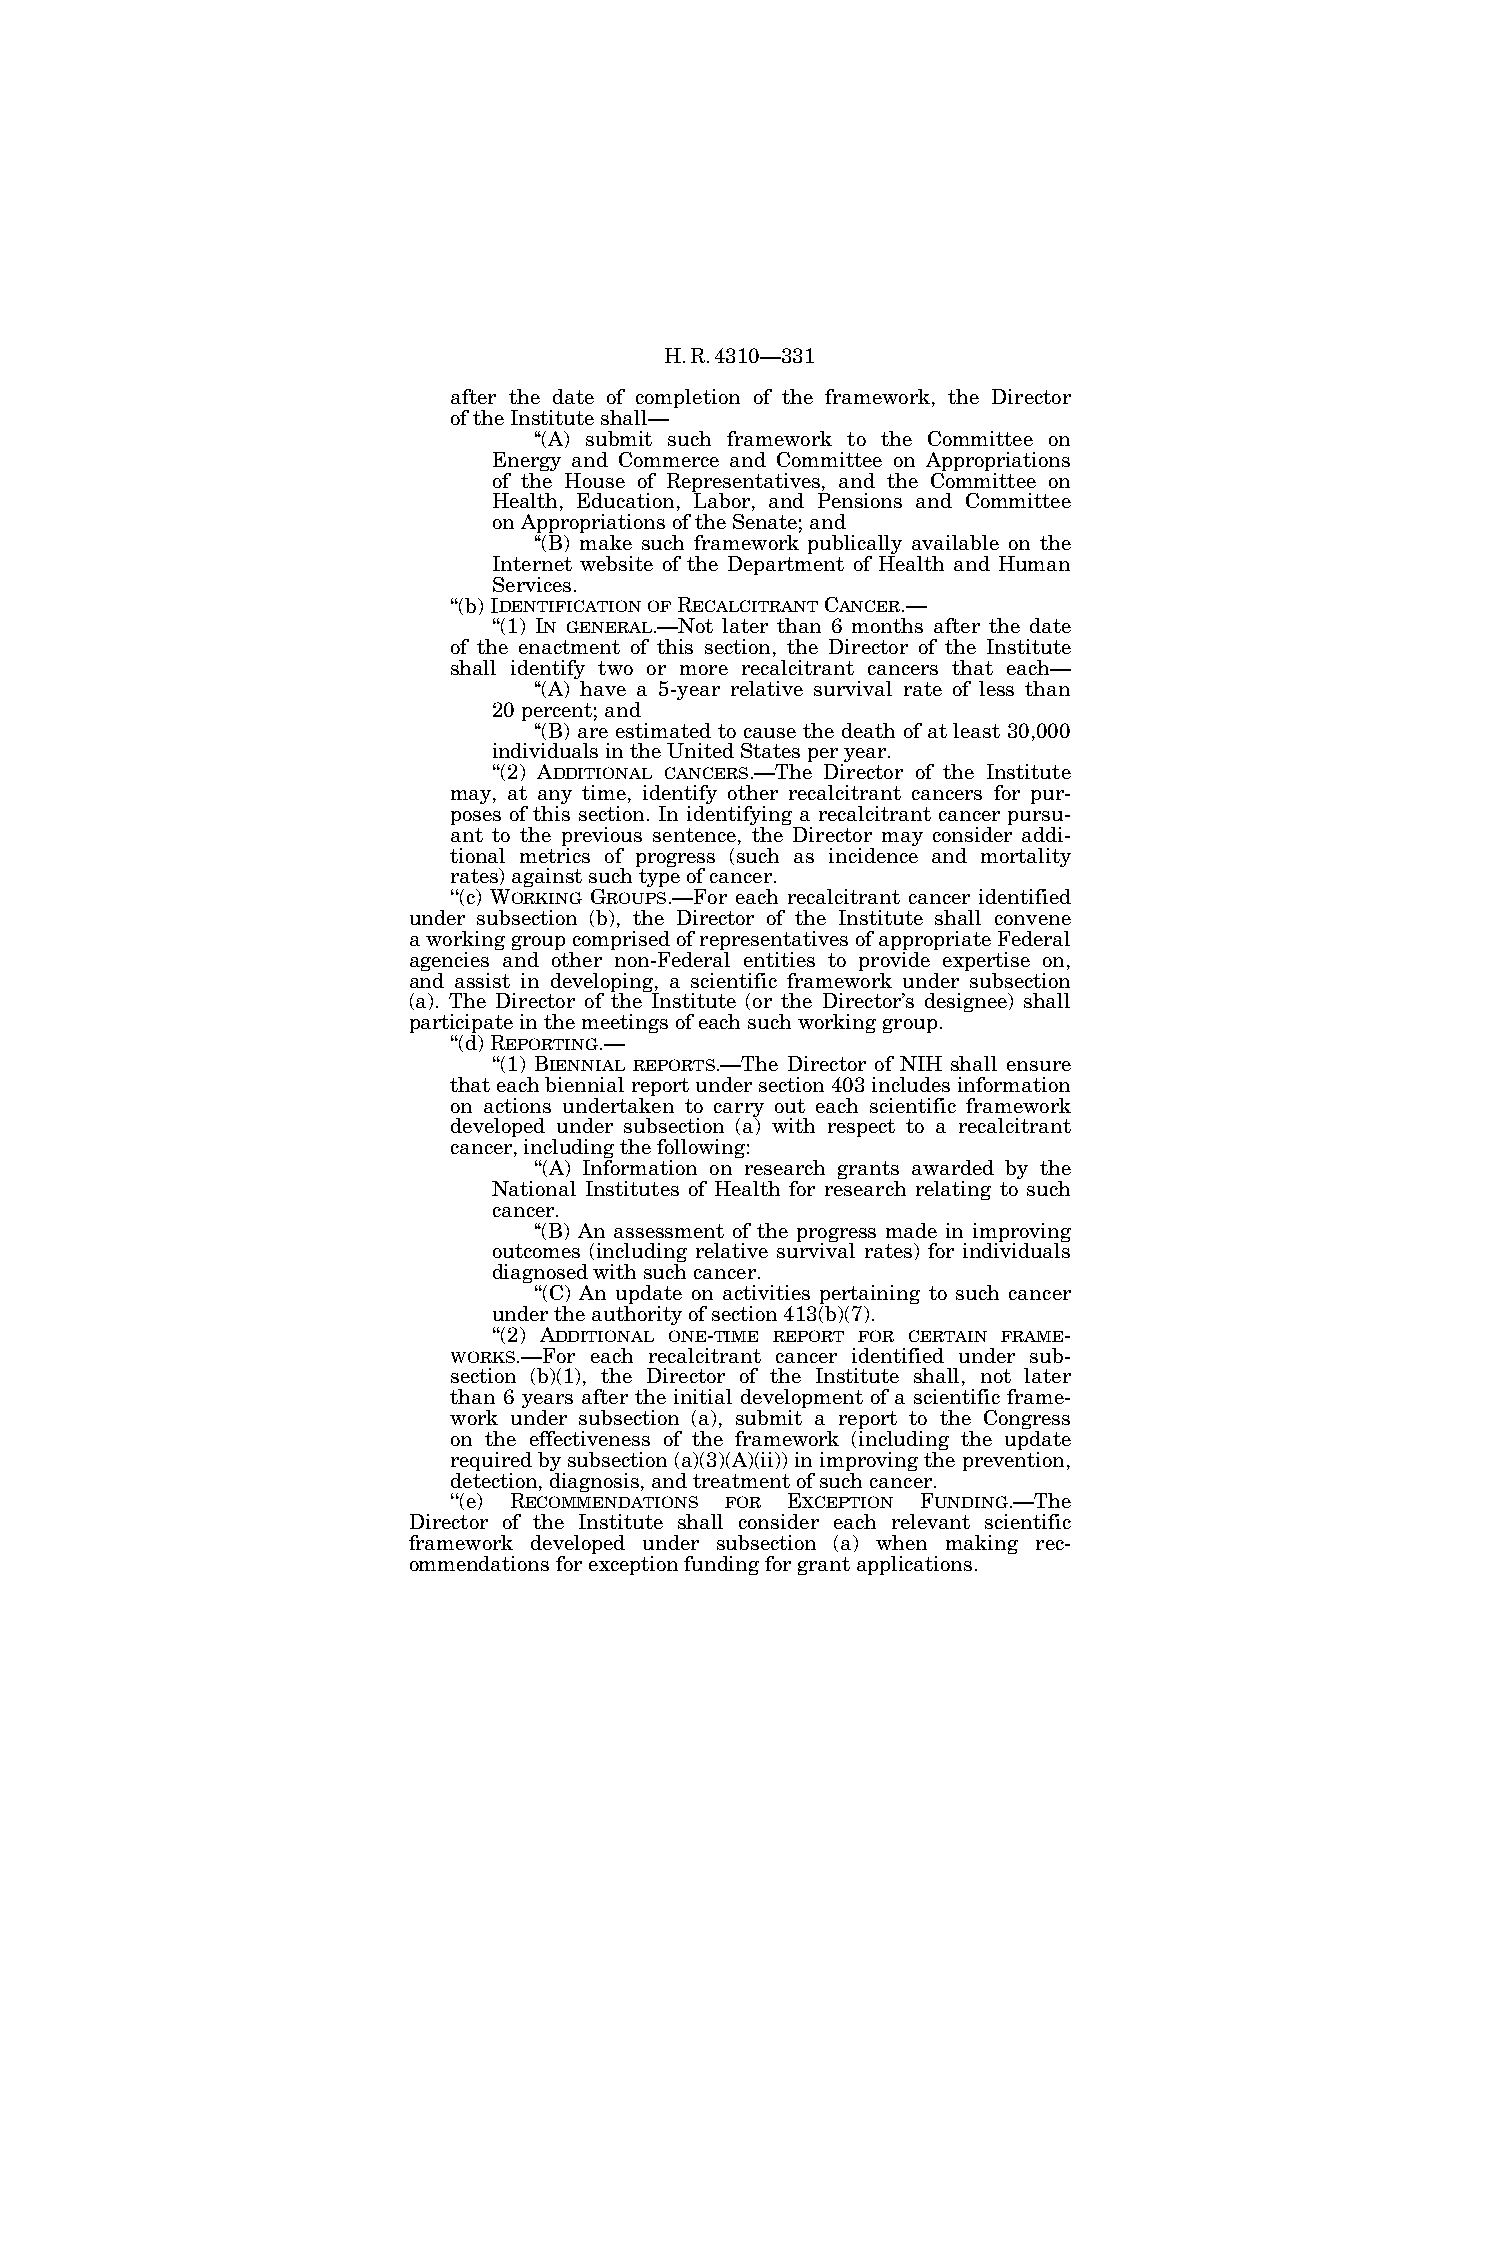
H.R.4310—331
 after the date of completion of the framework, the Director
 of the Institute shall—
 ‘‘(A) submit such framework to the Committee on
 Energy and Commerce and Committee on Appropriations
 of the House of Representatives, and the Committee on
 Health, Education, Labor, and Pensions and Committee
 on Appropriations of the Senate; and
 ‘‘(B) make such framework publically available on the
 Internet website of the Department of Health and Human
 Services.
 ‘‘(b) IDENTIFICATIONOFRECALCITRANTCANCER.—
 ‘‘(1) IN GENERAL.—Not later than 6 months after the date
 of the enactment of this section, the Director of the Institute
 shall identify two or more recalcitrant cancers that each—
 ‘‘(A) have a 5-year relative survival rate of less than
 20 percent; and
 ‘‘(B) are estimated to cause the death of at least 30,000
 individuals in the United States per year.
 ‘‘(2) ADDITIONAL CANCERS.—The Director of the Institute
 may, at any time, identify other recalcitrant cancers for pur-
 poses of this section. In identifying a recalcitrant cancer pursu-
 ant to the previous sentence, the Director may consider addi-
 tional metrics of progress (such as incidence and mortality
 rates) against such type of cancer.
 ‘‘(c) WORKING GROUPS.—For each recalcitrant cancer identified
 under subsection (b), the Director of the Institute shall convene
 a working group comprised of representatives of appropriate Federal
 agencies and other non-Federal entities to provide expertise on,
 and assist in developing, a scientific framework under subsection
 (a). The Director of the Institute (or the Director’s designee) shall
 participate in the meetings of each such working group.
 ‘‘(d) REPORTING.—
 ‘‘(1) BIENNIAL REPORTS.—The Director of NIH shall ensure
 that each biennial report under section 403 includes information
 on actions undertaken to carry out each scientific framework
 developed under subsection (a) with respect to a recalcitrant
 cancer, including the following:
 ‘‘(A) Information on research grants awarded by the
 National Institutes of Health for research relating to such
 cancer.
 ‘‘(B) An assessment of the progress made in improving
 outcomes (including relative survival rates) for individuals
 diagnosed with such cancer.
 ‘‘(C) An update on activities pertaining to such cancer
 under the authority of section 413(b)(7).
 ‘‘(2) ADDITIONAL ONE-TIME REPORT FOR CERTAIN FRAME-
 WORKS.—For each recalcitrant cancer identified under sub-
 section (b)(1), the Director of the Institute shall, not later
 than 6 years after the initial development of a scientific frame-
 work under subsection (a), submit a report to the Congress
 on the effectiveness of the framework (including the update
 required by subsection (a)(3)(A)(ii)) in improving the prevention,
 detection, diagnosis, and treatment of such cancer.
 ‘‘(e) RECOMMENDATIONS FOR EXCEPTION FUNDING.—The
 Director of the Institute shall consider each relevant scientific
 framework developed under subsection (a) when making rec-
 ommendations for exception funding for grant applications.